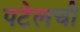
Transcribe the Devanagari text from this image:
पटेलची